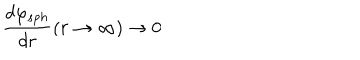
LaTeX: \frac { d \varphi _ { s p h } } { d r } ( r \rightarrow \infty ) \rightarrow 0